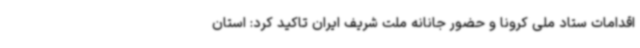
اقدامات ستاد ملی کرونا و حضور جانانه ملت شریف ایران تاکید کرد: استان